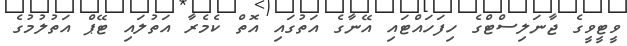
ވީޓީވީގެ ޖާނަލިސްޓްގެ ހިފަހައްޓައި އޭނާގެ އަތުގައި އޮތް ކެމެރާ އަތުލައި ޓޭޕް އަތުލުމުގެ